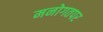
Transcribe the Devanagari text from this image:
मनोगतपर